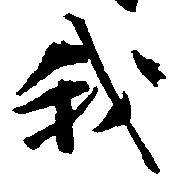
我